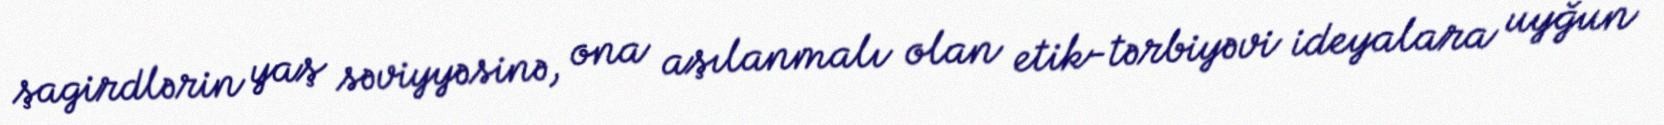
şagirdlərin yaş səviyyəsinə, ona aşılanmalı olan etik-tərbiyəvi ideyalara uyğun